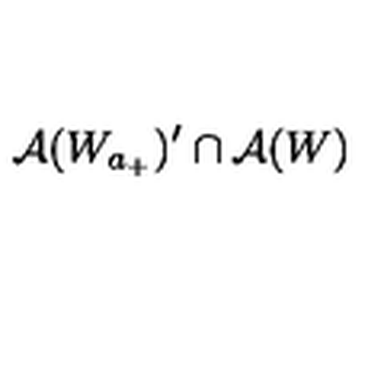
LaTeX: \mathcal { A } ( W _ { a _ { + } } ) ^ { \prime } \cap \mathcal { A } ( W )